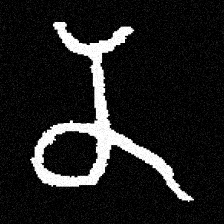
Pyu character \u2014 Myanmar letter: န (romanized: na)